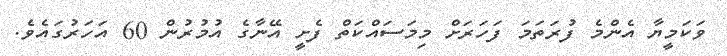
ވަކަމީޔާ އެންމެ ފުރަތަމަ ފަހަރަށް މިމަސައްކަތް ފެށީ އޭނާގެ އުމުރުން 60 އަހަރުގައެވެ.